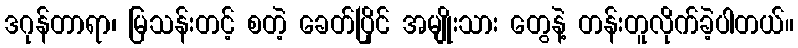
ဒဂုန်တာရာ၊ မြသန်းတင့် စတဲ့ ခေတ်ပြိုင် အမျိုးသား တွေနဲ့ တန်းတူလိုက်ခဲ့ပါတယ်။